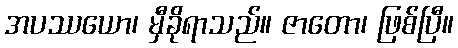
အပဿယော၊ မှီခိုရာသည်။ ဇာတော၊ ဖြစ်ပြီ။